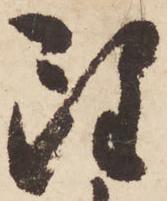
雖